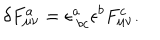
\delta F _ { \mu \nu } ^ { a } = \epsilon _ { \ b c } ^ { a } \epsilon ^ { b } F _ { \mu \nu } ^ { c } .